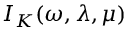
\mathcal Ḋ I Ḍ _ { K } ( \omega , \lambda , \mu )